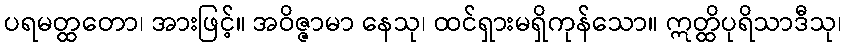
ပရမတ္ထတော၊ အားဖြင့်။ အဝိဇ္ဇာမာ နေသု၊ ထင်ရှားမရှိကုန်သော။ ဣတ္ထိပုရိသာဒီသု၊